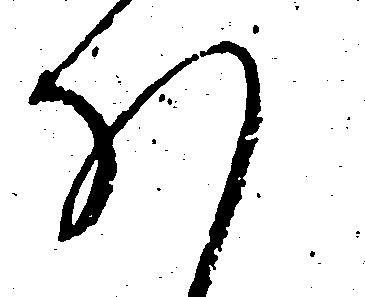
ほ